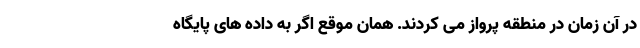
در آن زمان در منطقه پرواز می کردند. همان موقع اگر به داده های پایگاه